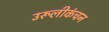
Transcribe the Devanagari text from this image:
उरूलीकंचन